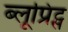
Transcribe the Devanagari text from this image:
ब्लूप्रिंट्स